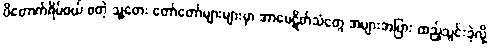
ပိတောက်ရိပ်ဝယ် စတဲ့ သူ့တေး တော်တော်များများမှာ အာမေဋိတ်သံတွေ အများအပြား ထည့်သွင်းခဲ့လို့